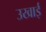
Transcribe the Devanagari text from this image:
उखाई